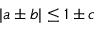
| a \pm b | \le 1 \pm c